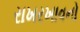
રાખરખાવનો